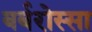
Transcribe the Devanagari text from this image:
बर्बरोस्सा